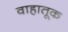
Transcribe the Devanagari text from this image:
वाहातूक